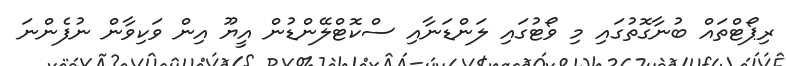
ރިޕޯޓްތައް ބުނާގޮތުގައި މި ވޯޓުގައި ލަންޑަނާއި ސްކޮޓްލޭންޑުން އީޔޫ އިން ވަކިވާން ނުފެންނަ